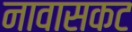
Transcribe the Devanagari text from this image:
नावासकट